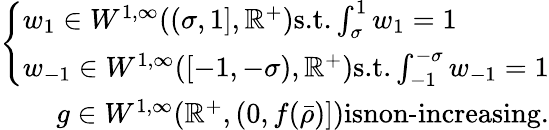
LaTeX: \begin{array}{r}{\left\lbrace\begin{array}{l}{w_{1}\in W^{1,\infty}((\sigma,1],\mathbb{R}^{+})\textrm{s.t.}\int_{\sigma}^{1}w_{1}=1}\\ {w_{-1}\in W^{1,\infty}([-1,-\sigma),\mathbb{R}^{+})\textrm{s.t.}\int_{-1}^{-\sigma}w_{-1}=1}\end{array}\right.}\\ {g\in W^{1,\infty}(\mathbb{R}^{+},(0,f(\bar{\rho})])\textrm{isnon-increasing.}}\end{array}